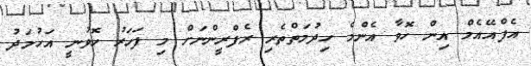
އެފްއޭއެމް އިން ހޮވާ އެންމެ ހިދުމަތްތެރި ރެފްރީންނަށް މި ފަހަރު ހޮވުނީ އަހުމަދު